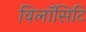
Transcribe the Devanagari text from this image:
विलॉसिटि